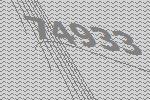
74933